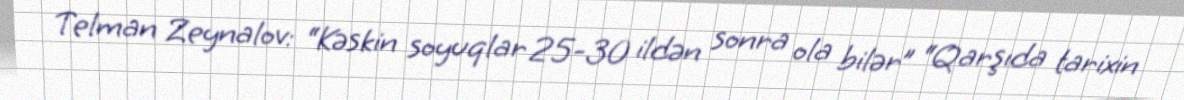
Telman Zeynalov: “Kəskin soyuqlar 25-30 ildən sonra ola bilər” “Qarşıda tarixin